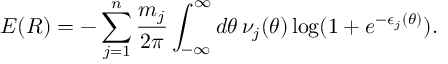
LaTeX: E ( R ) = - \sum _ { j = 1 } ^ { n } \frac { m _ { j } } { 2 \pi } \int _ { - \infty } ^ { \infty } d \theta \, \nu _ { j } ( \theta ) \log ( 1 + e ^ { - \epsilon _ { j } ( \theta ) } ) .